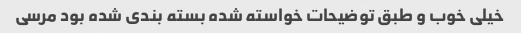
خیلی خوب و طبق توضیحات خواسته شده بسته بندی شده بود مرسی